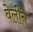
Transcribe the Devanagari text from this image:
वेलीन